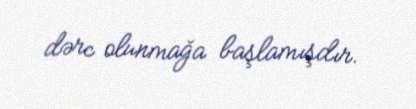
dərc olunmağa başlamışdır.